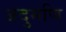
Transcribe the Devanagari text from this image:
जदुमणि